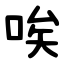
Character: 唉